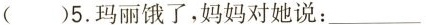
( )5.玛丽饿了,妈妈对她说:___